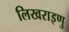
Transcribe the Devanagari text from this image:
लिखराइणु